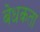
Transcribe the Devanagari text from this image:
बेधकता